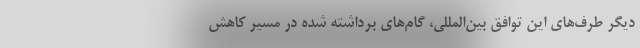
دیگر طرف‌های این توافق بین‌المللی، گام‌های برداشته شده در مسیر کاهش